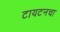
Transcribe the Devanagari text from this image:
टायटनचा